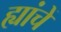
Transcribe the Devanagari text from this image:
ह्यांचें